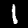
Label: 1